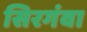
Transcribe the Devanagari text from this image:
सिरगंवा